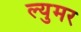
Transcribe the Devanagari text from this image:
ल्युमर